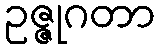
ဥဇ္ဇုဂတာ